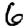
Digit: 6